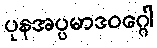
ပုနအပ္ပမာဒဝဂ္ဂေါ